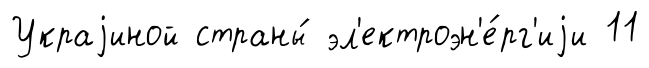
Украjиной страны́ эл'ектроэн'е́рг'иjи 11